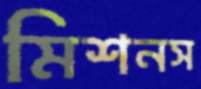
মিশনস